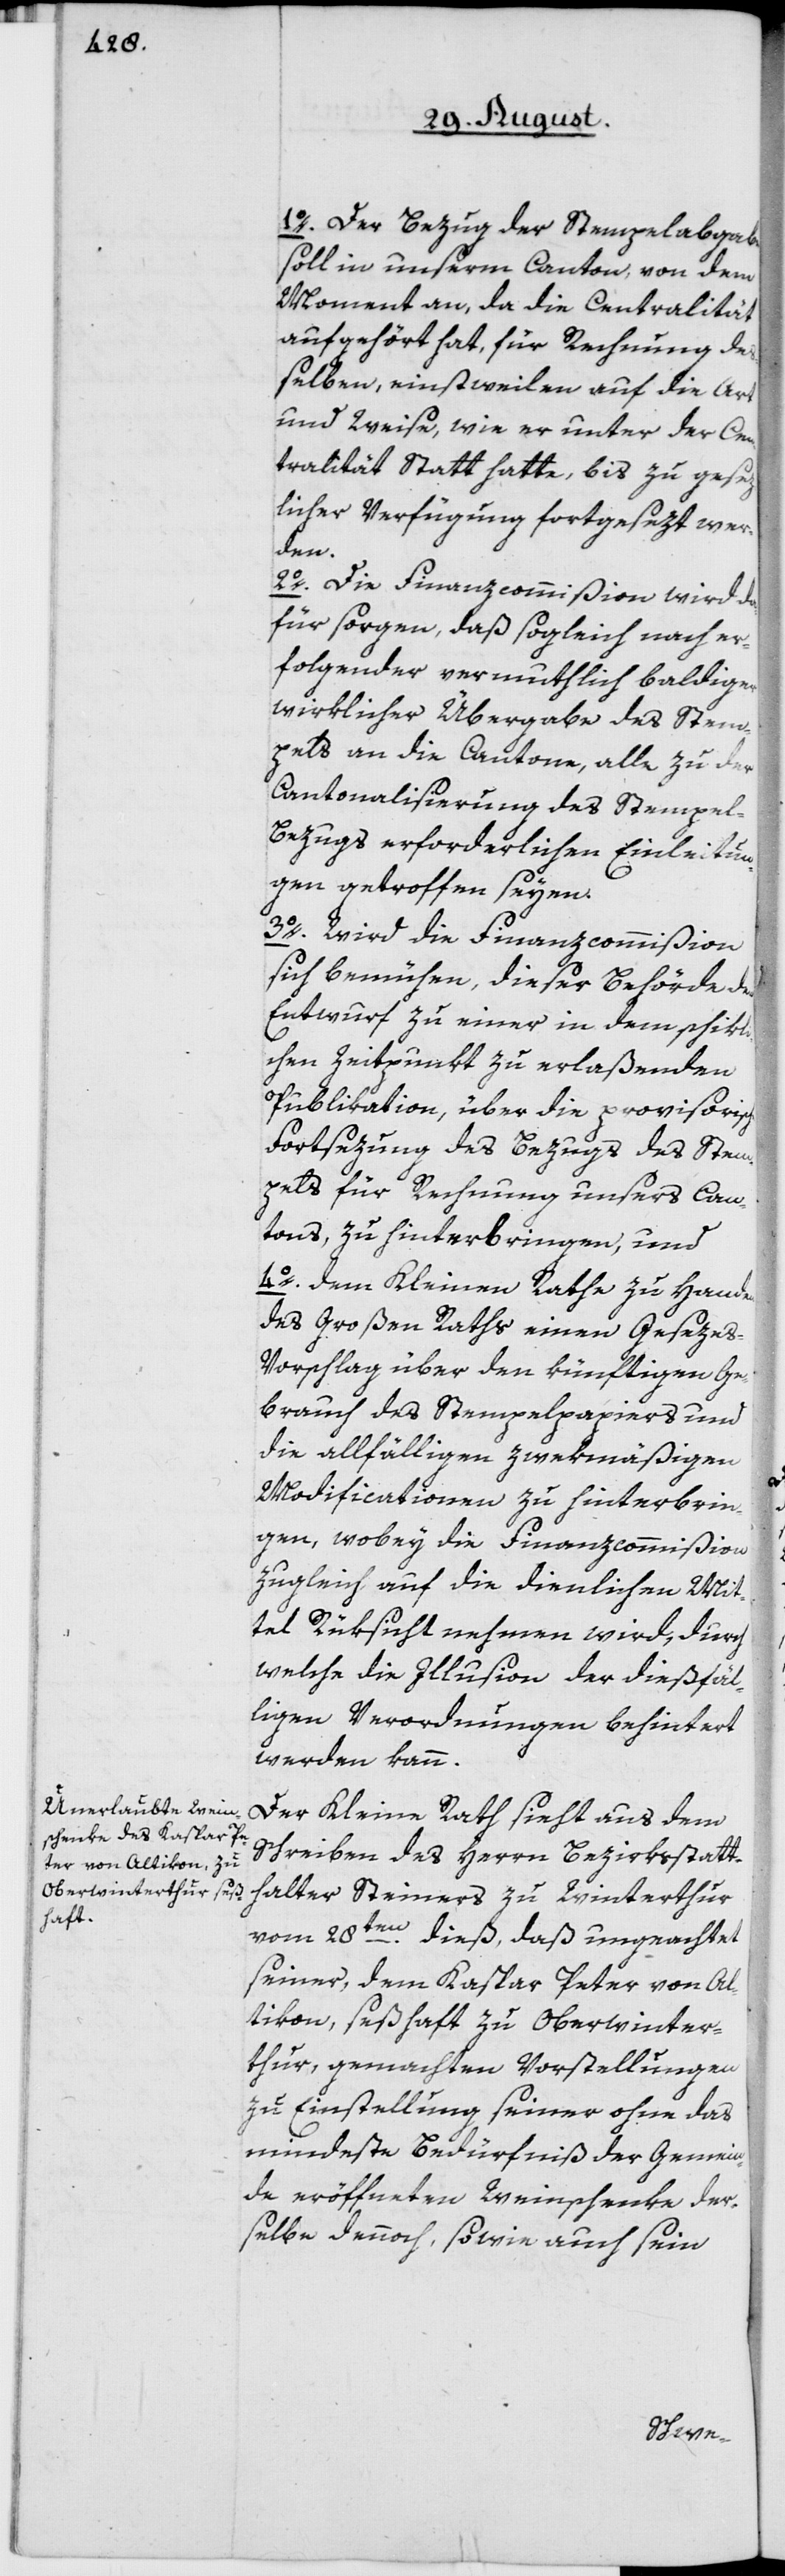
1o. Der Bezug der Stempelabgabe
soll in unserm Canton, von dem
Moment an, da die Centralität
aufgehört hat, für Rechnung de¬
ßelben, einstweilen auf die Art
und Weise, wie er unter der Cen¬
tralität Statt hatte, bis zu gesez¬
licher Verfügung fortgesezt wer¬
den.
2o. Die Finanzcommißion wird da¬
für sorgen, daß sogleich nach er¬
folgender vermuthlich baldiger
wirklicher Übergabe des Stem¬
pels an die Cantone, alle zu der
Cantonalisierung des Stempe¬
l-Bezugs erforderlichen Einleitun¬
gen getroffen seyen.
3o. Wird die Finanzcommißion
sich bemühen, dieser Behörde den
Entwurf zu einer in dem schikli¬
chen Zeitpunkt zu erlaßenden
Publikation, über die provisorische
Fortsezung des Bezugs des Stem¬
pels für Rechnung unsers Can¬
tons, zu hinterbringen, und
4o. dem Kleinen Rathe zu Handen
des Großen Raths einen Geseze¬
s-Vorschlag über den künftigen Ge¬
brauch des Stempelpapiers und
die allfälligen zwekmäßigen
Modificationen zu hinterbrin¬
gen, wobey die Finanzcommißion
zugleich auf die dienlichen Mit¬
tel Rüksicht nehmen wird, durch
welche die Illusion der dießfäl¬
ligen Verordnungen behindert
werden kann.
Der Kleine Rath sieht aus dem
Schreiben des Herrn Bezirksstatt¬
halter Steiners zu Winterthur
vom 28ten dieß, daß ungeachtet
seiner, dem Kaspar Peter von Al¬
tikon, seßhaft zu Oberwinter¬
thur, gemachten Vorstellungen
zu Einstellung seiner ohne das
mindeste Bedürfniß der Gemein¬
de eröffneten Weinschenke der¬
selbe dennoch, sowie auch sein